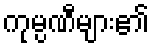
ကုမ္ပဏီများ၏